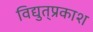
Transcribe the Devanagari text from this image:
विद्युत्‌प्रकाश